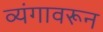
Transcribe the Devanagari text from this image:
व्यंगावरून